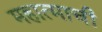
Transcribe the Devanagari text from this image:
महात्माची